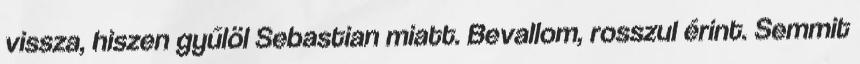
vissza, hiszen gyűlöl Sebastian miatt. Bevallom, rosszul érint. Semmit